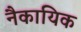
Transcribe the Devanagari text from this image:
नैकायिक